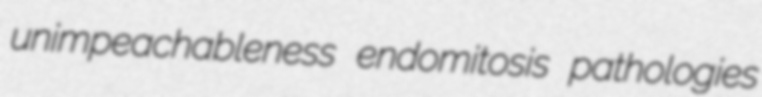
unimpeachableness endomitosis pathologies